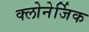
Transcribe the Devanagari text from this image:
क्लोनेर्जिक